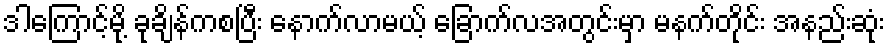
ဒါကြောင့်မို့ ခုချိန်ကစပြီး နောက်လာမယ့် ခြောက်လအတွင်းမှာ မနက်တိုင်း အနည်းဆုံး